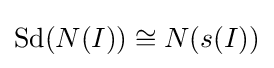
\operatorname {Sd} (N(I))\cong N(s(I))